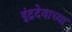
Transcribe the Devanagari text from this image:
इंद्रदेवाच्या